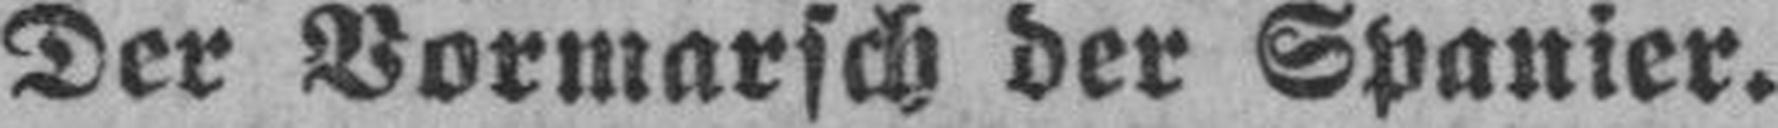
Der Vormarsch der Spanier.